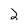
Character: 2